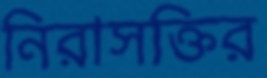
নিরাসক্তির